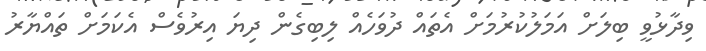
ވިދާޅުވީ ބިލަށް އަމަލުކުރުމަށް އެތައް ދުވަހެއް ލިބިގެން ދިޔަ އިރުވެސް އެކަމަށް ތައްޔާރު